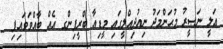
ޢަލީ ނަޞީރު މުޙަންމަދު ނިއުދިއްލީގައި މީޑިއާ ބްރީފިންގ އެއް ބާއްވަވައިފި